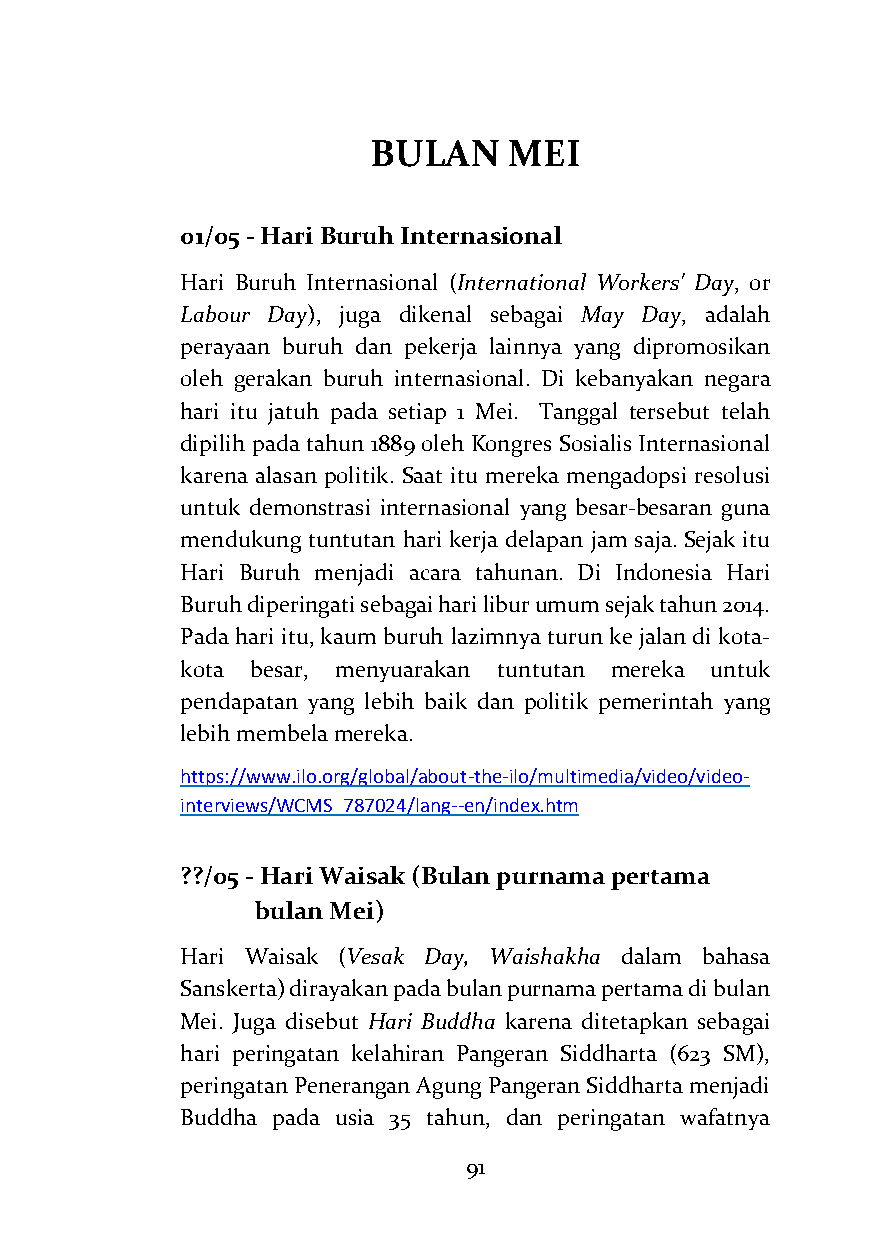
BULAN     MEI
 01/05 - Hari Buruh Internasional
 Hari Buruh Internasional (International Workers' Day, or
 Labour Day), juga dikenal sebagai May Day, adalah
 perayaan buruh dan pekerja lainnya yang dipromosikan
 oleh gerakan buruh internasional. Di kebanyakan negara
 hari itu jatuh pada setiap 1 Mei. Tanggal tersebut telah
 dipilih pada tahun 1889 oleh Kongres Sosialis Internasional
 karena alasan politik. Saat itu mereka mengadopsi resolusi
 untuk demonstrasi internasional yang besar-besaran guna
 mendukung tuntutan hari kerja delapan jam saja. Sejak itu
 Hari Buruh menjadi acara tahunan. Di Indonesia Hari
 Buruh diperingati sebagai hari libur umum sejak tahun 2014.
 Pada hari itu, kaum buruh lazimnya turun ke jalan di kota-
 kota besar, menyuarakan tuntutan mereka untuk
 pendapatan yang lebih baik dan politik pemerintah yang
 lebih membela mereka.
 https://www.ilo.org/global/about-the-ilo/multimedia/video/video-
 interviews/WCMS_787024/lang--en/index.htm
 ??/05 - Hari Waisak (Bulan purnama pertama
 bulan Mei)
 Hari Waisak (Vesak Day, Waishakha dalam bahasa
 Sanskerta) dirayakan pada bulan purnama pertama di bulan
 Mei. Juga disebut Hari Buddha karena ditetapkan sebagai
 hari peringatan kelahiran Pangeran Siddharta (623 SM),
 peringatan Penerangan Agung Pangeran Siddharta menjadi
 Buddha pada usia 35 tahun, dan peringatan wafatnya
 91